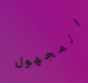
المجهول